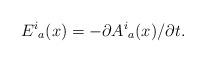
LaTeX: \begin{align*}{E^i}_a(x)=-\partial{ A^i}_a(x)/ \partial t.\end{align*}